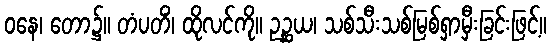
ဝနေ၊ တော၌။ တံပတိံ၊ ထိုလင်ကို။ ဥဉ္ဆယ၊ သစ်သီးသစ်မြစ်ရှာမှီးခြင်းဖြင့်။